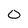
Character: 0